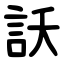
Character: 訞